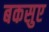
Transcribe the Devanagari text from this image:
बकसुए